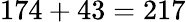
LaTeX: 174+43=217